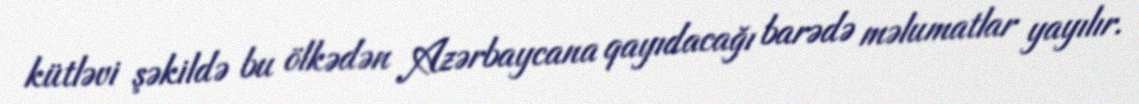
kütləvi şəkildə bu ölkədən Azərbaycana qayıdacağı barədə məlumatlar yayılır.